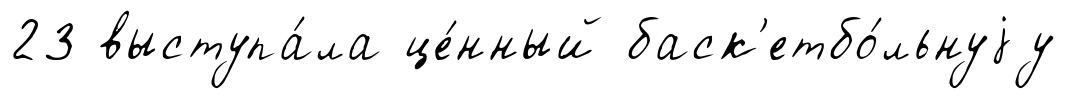
23 выступа́ла це́нный баск'етбо́льнуjу